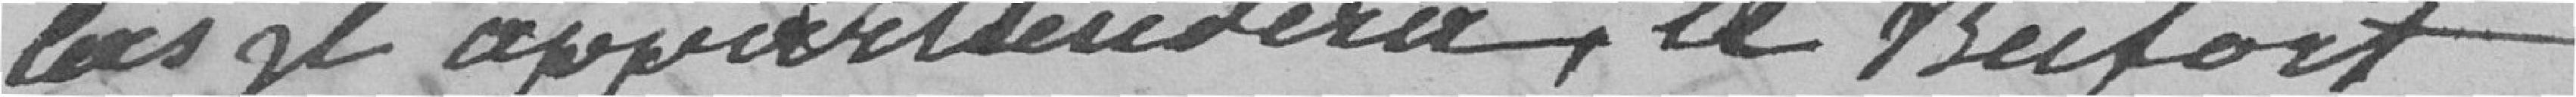
appartiendra, de Belfort